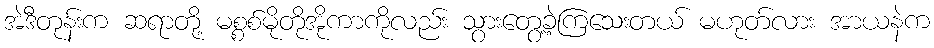
အဲဒီတုန်းက ဆရာတို့ မစ္စစ်မိုတိုအိုကာကိုလည်း သွားတွေ့ခဲ့ကြသေးတယ် မဟုတ်လား အာယနဲက